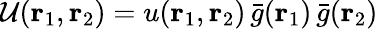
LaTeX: \mathcal{U}({\mathbf{r}_{1}},{\mathbf{r}_{2}})=u({\mathbf{r}_{1}},{\mathbf{r}_{2}})\, \bar{g}({\mathbf{r}_{1}})\, \bar{g}({\mathbf{r}_{2}})